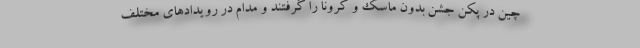
چین در پکن جشن بدون ماسک و کرونا را گرفتند و مدام در رویدادهای مختلف